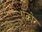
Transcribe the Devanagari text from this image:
एंकोर